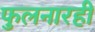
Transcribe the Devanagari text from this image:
फुलनारही